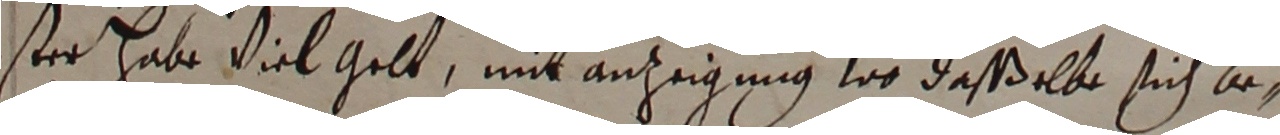
ister habe viel gelt, mit anzeigung wo daßßelbe sich be-